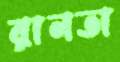
রানতা